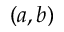
( a , b )